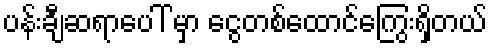
ပန်းချီဆရာပေါ် မှာ ငွေတစ်ထောင်ကြွေးရှိတယ်